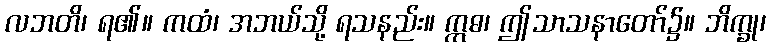
လဘတိ၊ ရ၏။ ကထံ၊ အဘယ်သို့ ရသနည်း။ ဣဓ၊ ဤသာသနာတော်၌။ ဘိက္ခု၊